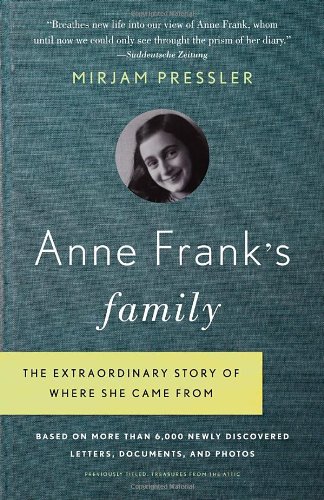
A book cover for Anne Frank's Family: The Extraordinary Story of Where She Came From, Based on More Than 6,000 Newly Discovered Letters, Documents, and Photos; Mirjam Pressler; History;